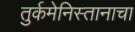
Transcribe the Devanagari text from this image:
तुर्कमेनिस्तानाचा